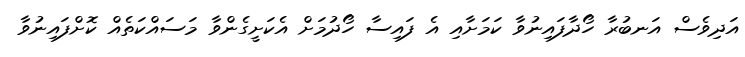
އަދިވެސް އަނބުރާ ހޯދާފައިނުވާ ކަމަށާއި އެ ފައިސާ ހޯދުމަށް އެކަށީގެންވާ މަސައްކަތެއް ކޮށްފައިނުވާ